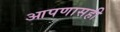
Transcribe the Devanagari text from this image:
आपणासही